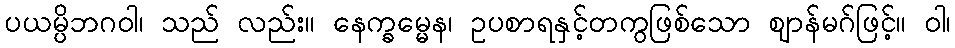
ပယမ္ပိဘဂဝါ၊ သည် လည်း။ နေက္ခမ္မေန၊ ဥပစာရနှင့်တကွဖြစ်သော ဈာန်မဂ်ဖြင့်။ ဝါ၊